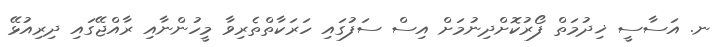
ނ. އަސާސީ ޚިދުމަތް ފޯރުކޮށްދިނުމަށް އިސް ސަފުގައި ހަރަކާތްތެރިވާ މީހުންނާއި ރާއްޖޭގައި ދިރިއުޅޭ